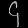
Digit: ၄